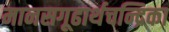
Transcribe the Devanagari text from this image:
मानसगूढार्थचन्द्रिका